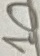
Text: 10